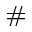
^ { \# }